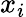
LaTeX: x_{i}